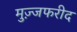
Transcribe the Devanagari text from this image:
मुज़्जफरीद